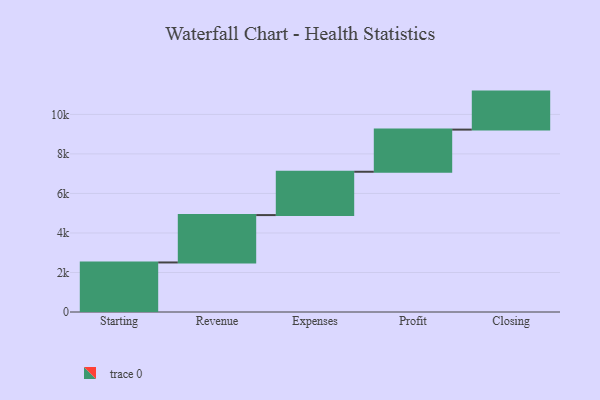
{"axis": {"x": "Step", "y": "Value"}, "legend": [""], "data": [{"x": "Starting", "y": 2507.0, "type": ""}, {"x": "Revenue", "y": 2398.0, "type": ""}, {"x": "Expenses", "y": 2193.0, "type": ""}, {"x": "Profit", "y": 2133.0, "type": ""}, {"x": "Closing", "y": 1923.0, "type": ""}]}